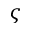
\varsigma